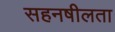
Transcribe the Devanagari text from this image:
सहनषीलता